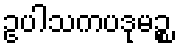
ဥပါသကပဒုမဉ္စ